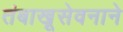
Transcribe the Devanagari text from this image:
तंबाखूसेवनाने